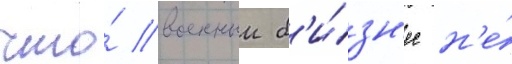
что́ военныи б'и́зн'ес н'е́